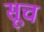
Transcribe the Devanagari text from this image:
सूच